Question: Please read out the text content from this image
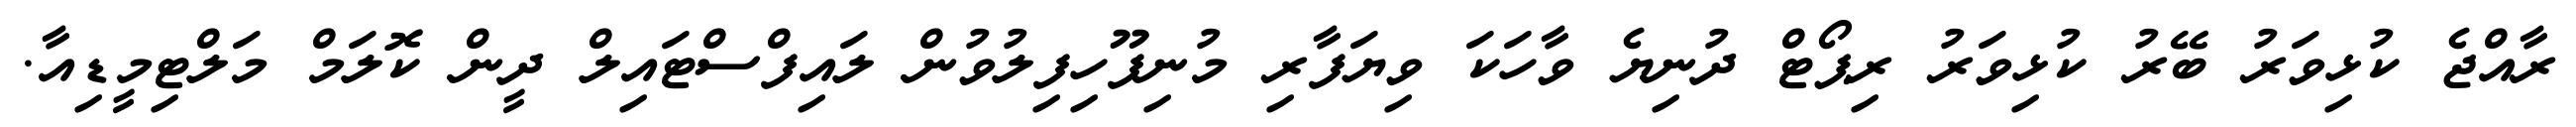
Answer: ރާއްޖެ ކުޅިވަރު ބޭރު ކުޅިވަރު ރިޕޯޓް ދުނިޔެ ވާހަކަ ވިޔަފާރި މުނިފޫހިފިލުވުން ލައިފްސްޓައިލް ދީން ކޮލަމް މަލްޓިމީޑިއާ.